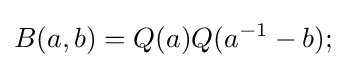
\displaystyle {B(a,b)=Q(a)Q(a^{-1}-b);}